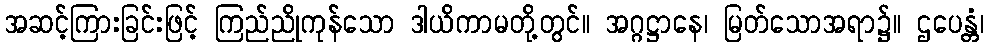
အဆင့်ကြားခြင်းဖြင့် ကြည်ညိုကုန်သော ဒါယိကာမတို့တွင်။ အဂ္ဂဋ္ဌာနေ၊ မြတ်သောအရာ၌။ ဌပေန္တံ၊